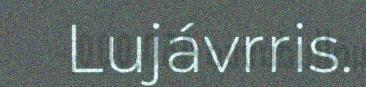
Lujávrris.